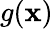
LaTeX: g(\boldsymbol{\mathbf{x}})